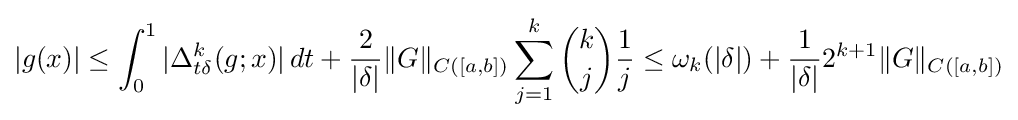
|g(x)|\leq \int _{0}^{1}|\Delta _{t\delta }^{k}(g;x)|\,dt+{\frac {2}{|\delta |}}\|G\|_{C([a,b])}\sum _{j=1}^{k}{\binom {k}{j}}{\frac {1}{j}}\leq \omega _{k}(|\delta |)+{\frac {1}{|\delta |}}2^{k+1}\|G\|_{C([a,b])}